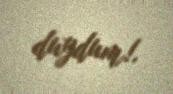
duydum!.